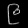
Digit: ၉